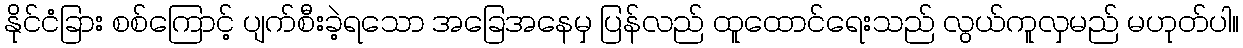
နိုင်ငံခြား စစ်ကြောင့် ပျက်စီးခဲ့ရသော အခြေအနေမှ ပြန်လည် ထူထောင်ရေးသည် လွယ်ကူလှမည် မဟုတ်ပါ။